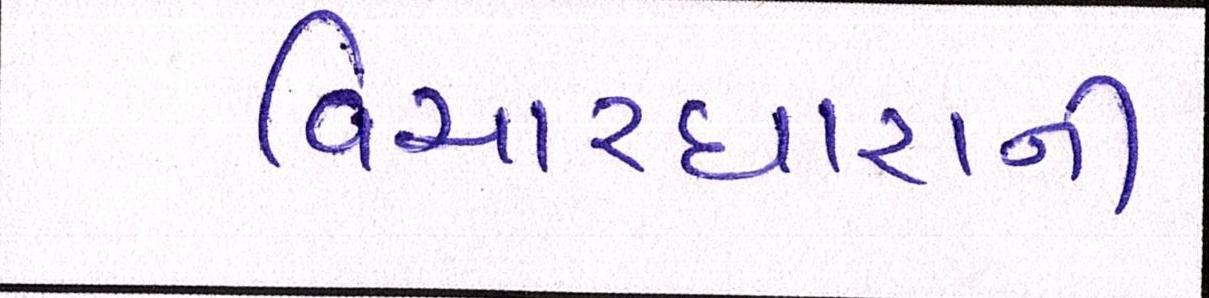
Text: વિચારધારાની